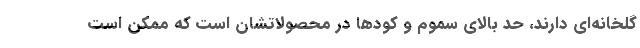
گلخانه‌ای دارند، حد بالای سموم و کودها در محصولاتشان است که ممکن است